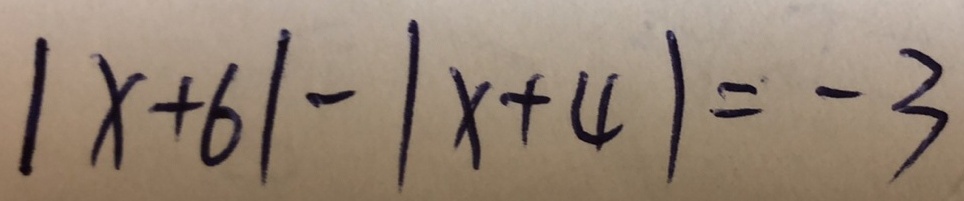
\vert x + 6 \vert - \vert x + 4 \vert = - 3